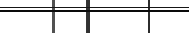
٧٤